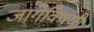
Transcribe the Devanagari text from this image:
जागेविषयी